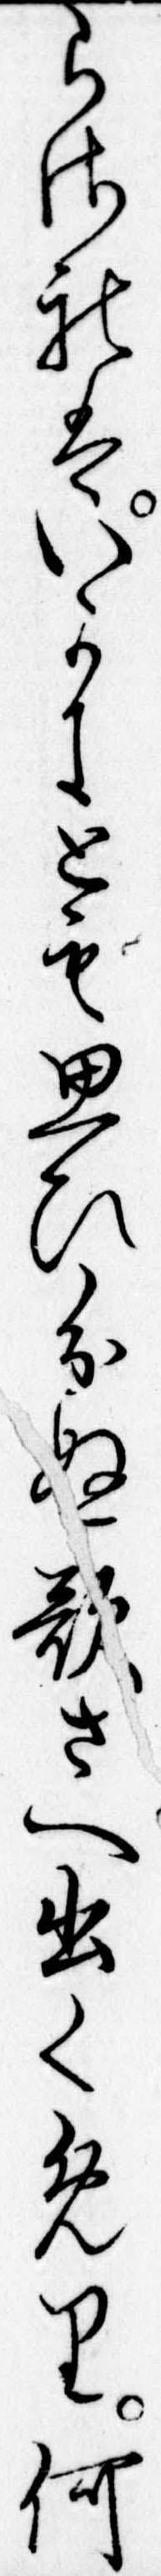
らされはいかにとも思ひ分ぬ歌さへ出くめり何